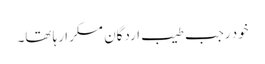
خود رجب طیب اردگان مسکرا رہا تھا۔